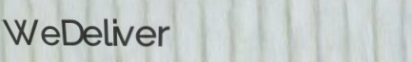
WeDeliver